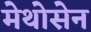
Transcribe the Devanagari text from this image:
मेथोसेन